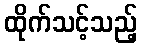
ထိုက်သင့်သည့်